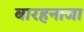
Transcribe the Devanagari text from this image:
बारहनाजा